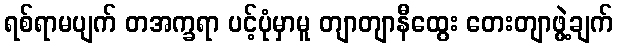
ရစ်ရာမပျက် တအက္ခရာ ပင့်ပုံမှာမူ တျာတျာနီထွေး တေးတျာဖွဲ့ချက်